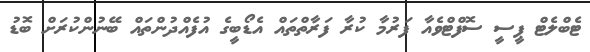
ޓެބްލެޓް ޕީސީ ސޮފްޓްވެއާ ފަރުމާ ކުރާ ފަރާތްތައް އެޑޯބީގެ އުފެއްދުންތައް ބޭނުންކުރަށް ބޮޑު